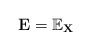
LaTeX: \begin{align*}\mathbf{E}=\mathbb{E}_{\mathbf{X}}\end{align*}